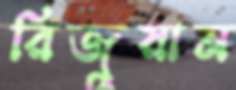
রিজুয়ান